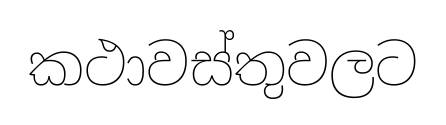
කථාවස්තුවලට